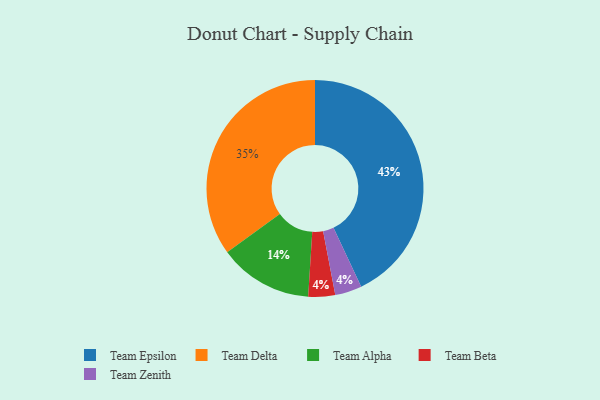
{"axis": {"x": "Category", "y": "Percentage"}, "legend": ["Team Alpha", "Team Beta", "Team Delta", "Team Epsilon", "Team Zenith"], "data": [{"x": "Team Delta", "y": 35, "type": "Team Delta"}, {"x": "Team Alpha", "y": 14, "type": "Team Alpha"}, {"x": "Team Epsilon", "y": 43, "type": "Team Epsilon"}, {"x": "Team Beta", "y": 4, "type": "Team Beta"}, {"x": "Team Zenith", "y": 4, "type": "Team Zenith"}]}